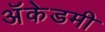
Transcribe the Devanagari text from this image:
अॅकेडमी